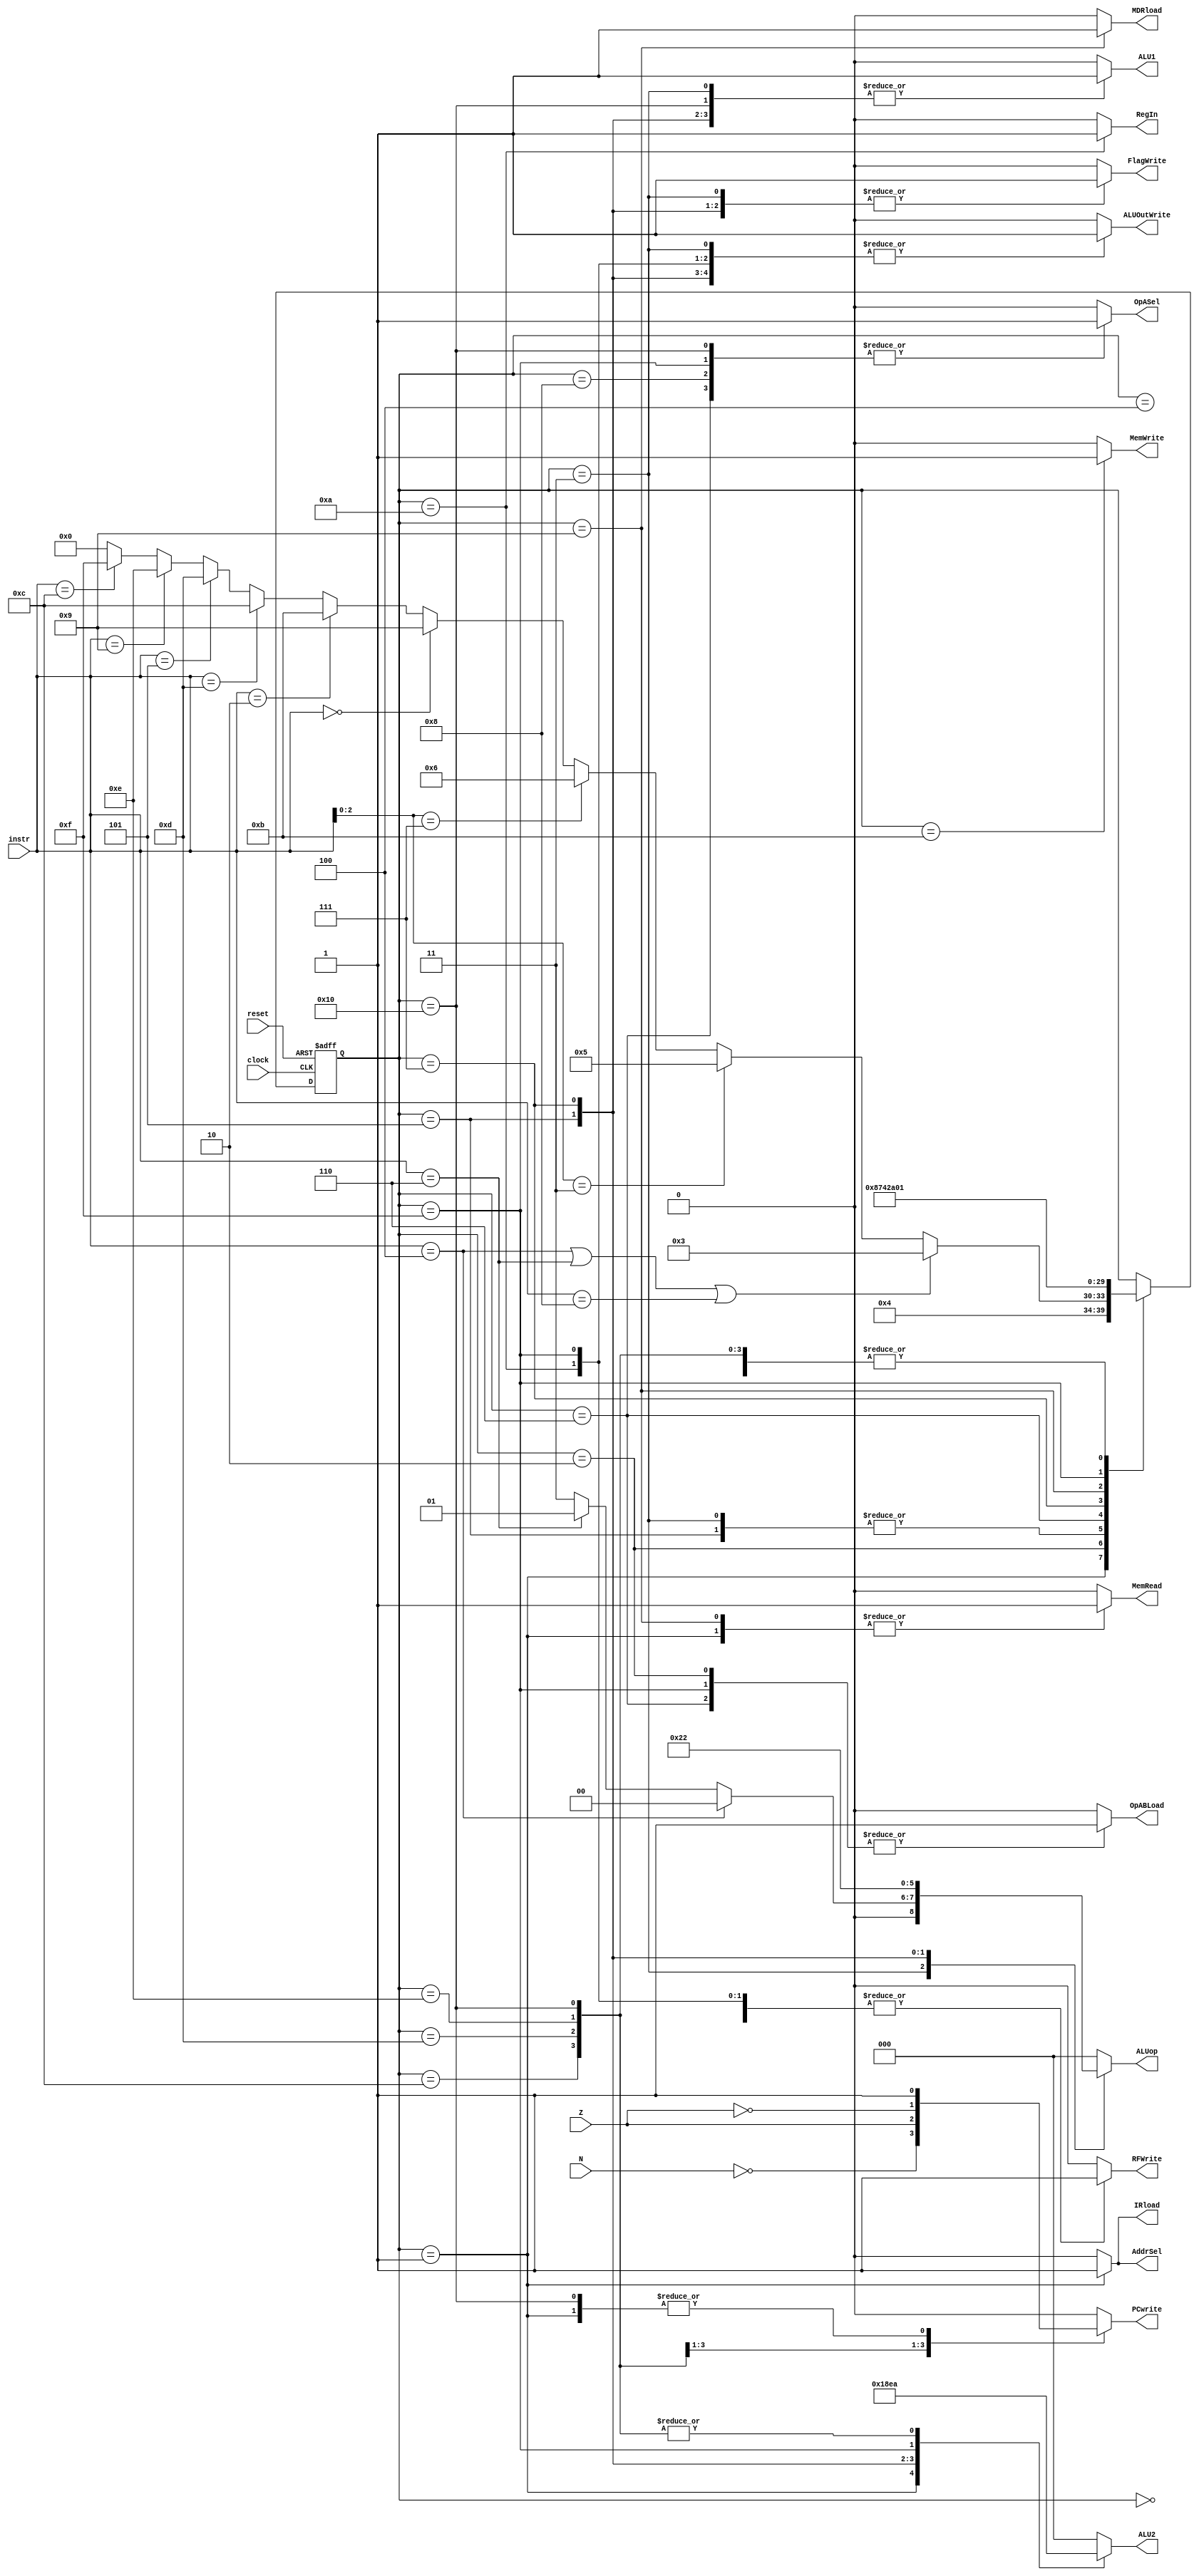
// ---------------------------------------------------------------------
// Copyright (c) 2007 by University of Toronto ECE 243 development team 
// ---------------------------------------------------------------------
// 					    	 	 	  		 	 		  		   	
// Major Functions:	control processor's datapath
// 
// Input(s):	1. instr: input is used to determine states
//				2. N: if branches, input is used to determine if
//					  negative condition is true
//				3. Z: if branches, input is used to determine if 
//					  zero condition is true
//
// Output(s):	control signals
//
//				** More detail can be found on the course note under
//				   "Multi-Cycle Implementation: The Control Unit"
//
// ---------------------------------------------------------------------

module FSM
(
reset, instr, clock,
N, Z,
PCwrite, AddrSel, MemRead,
MemWrite, IRload, OpASel, MDRload,
OpABLoad, ALU1, ALU2, ALUop,
ALUOutWrite, RFWrite, RegIn, FlagWrite//, state
);
	input	[3:0] instr;
	input	N, Z;
	input	reset, clock;
	output	PCwrite, AddrSel, MemRead, MemWrite, IRload, OpASel, MDRload;
	output	OpABLoad, ALU1, ALUOutWrite, RFWrite, RegIn, FlagWrite;
	output	[2:0] ALU2, ALUop;
	//output	[3:0] state;
	
	reg [4:0]	state;			// 5-bit state can encode 32 distinct values.
	reg	PCwrite, AddrSel, MemRead, MemWrite, IRload, OpASel, MDRload;
	reg	OpABLoad, ALU1, ALUOutWrite, RFWrite, RegIn, FlagWrite;
	reg	[2:0] ALU2, ALUop;
	
	
	// state constants (note: asn = add/sub/nand, asnsh = add/sub/nand/shift)
	parameter [4:0] reset_s = 0, c1 = 1, c2 = 2, c3_asn = 3,
					c4_asnsh = 4, c3_shift = 5, c3_ori = 6,
					c4_ori = 7, c5_ori = 8, c3_load = 9, c4_load = 10,
					c3_store = 11, c3_bpz = 12, c3_bz = 13, c3_bnz = 14,
					c3_jal = 15, c4_jal = 16;
	
	// determines the next state based on the current state; supports
	// asynchronous reset
	always @(posedge clock or posedge reset)
	begin
		if (reset) state = reset_s;
		else
		begin
			case(state)
				reset_s:	state = c1; 		// reset state
				c1:			state = c2; 		// cycle 1
				c2:			begin				// cycle 2
								if(instr == 4'b0100 | instr == 4'b0110 | instr == 4'b1000) state = c3_asn;
								else if( instr[2:0] == 3'b011 ) state = c3_shift;
								else if( instr[2:0] == 3'b111 ) state = c3_ori;
								else if( instr == 4'b0000 ) state = c3_load;
								else if( instr == 4'b0010 ) state = c3_store;
								else if( instr == 4'b1101 ) state = c3_bpz;
								else if( instr == 4'b0101 ) state = c3_bz;
								else if( instr == 4'b1001 ) state = c3_bnz;
								else if( instr == 4'b1100 ) state = c3_jal;
								else state = 0;
							end
				c3_asn:		state = c4_asnsh;	// cycle 3: ADD SUB NAND
				c4_asnsh:	state = c1;			// cycle 4: ADD SUB NAND/SHIFT
				c3_shift:	state = c4_asnsh;	// cycle 3: SHIFT
				c3_ori:		state = c4_ori;		// cycle 3: ORI
				c4_ori:		state = c5_ori;		// cycle 4: ORI
				c5_ori:		state = c1;			// cycle 5: ORI
				c3_load:	state = c4_load;	// cycle 3: LOAD
				c4_load:	state = c1; 		// cycle 4: LOAD
				c3_store:	state = c1; 		// cycle 3: STORE
				c3_bpz:		state = c1; 		// cycle 3: BPZ
				c3_bz:		state = c1; 		// cycle 3: BZ
				c3_bnz:		state = c1; 		// cycle 3: BNZ
				c3_jal:		state = c4_jal;		// cycle 3: JAL
				c4_jal:		state = c1;			// cycle 4: JAL
			endcase
		end
	end

	// sets the control sequences based on the current state and instruction
	always @(*)
	begin
		case (state)
			reset_s:	//control = 19'b0000000000000000000;
				begin
					PCwrite = 0;
					AddrSel = 0;
					MemRead = 0;
					MemWrite = 0;
					IRload = 0;
					OpASel = 0;
					MDRload = 0;
					OpABLoad = 0;
					ALU1 = 0;
					ALU2 = 3'b000;
					ALUop = 3'b000;
					ALUOutWrite = 0;
					RFWrite = 0;
					RegIn = 0;
					FlagWrite = 0;
				end					
			c1: 		//control = 19'b1110100000010000000;
				begin
					PCwrite = 1;
					AddrSel = 1;
					MemRead = 1;
					MemWrite = 0;
					IRload = 1;
					OpASel = 0;
					MDRload = 0;
					OpABLoad = 0;
					ALU1 = 0;
					ALU2 = 3'b001;
					ALUop = 3'b000;
					ALUOutWrite = 0;
					RFWrite = 0;
					RegIn = 0;
					FlagWrite = 0;
				end	
			c2: 		//control = 19'b0000000100000000000;
				begin
					PCwrite = 0;
					AddrSel = 0;
					MemRead = 0;
					MemWrite = 0;
					IRload = 0;
					OpASel = 0;
					MDRload = 0;
					OpABLoad = 1;
					ALU1 = 0;
					ALU2 = 3'b000;
					ALUop = 3'b000;
					ALUOutWrite = 0;
					RFWrite = 0;
					RegIn = 0;
					FlagWrite = 0;
				end
			c3_asn:		begin
							if ( instr == 4'b0100 ) 		// add
								//control = 19'b0000000010000001001;
							begin
								PCwrite = 0;
								AddrSel = 0;
								MemRead = 0;
								MemWrite = 0;
								IRload = 0;
								OpASel = 0;
								MDRload = 0;
								OpABLoad = 0;
								ALU1 = 1;
								ALU2 = 3'b000;
								ALUop = 3'b000;
								ALUOutWrite = 1;
								RFWrite = 0;
								RegIn = 0;
								FlagWrite = 1;
							end	
							else if ( instr == 4'b0110 ) 	// sub
								//control = 19'b0000000010000011001;
							begin
								PCwrite = 0;
								AddrSel = 0;
								MemRead = 0;
								MemWrite = 0;
								IRload = 0;
								OpASel = 0;
								MDRload = 0;
								OpABLoad = 0;
								ALU1 = 1;
								ALU2 = 3'b000;
								ALUop = 3'b001;
								ALUOutWrite = 1;
								RFWrite = 0;
								RegIn = 0;
								FlagWrite = 1;
							end
							else 							// nand
								//control = 19'b0000000010000111001;
							begin
								PCwrite = 0;
								AddrSel = 0;
								MemRead = 0;
								MemWrite = 0;
								IRload = 0;
								OpASel = 0;
								MDRload = 0;
								OpABLoad = 0;
								ALU1 = 1;
								ALU2 = 3'b000;
								ALUop = 3'b011;
								ALUOutWrite = 1;
								RFWrite = 0;
								RegIn = 0;
								FlagWrite = 1;
							end
				   		end
			c4_asnsh: 	//control = 19'b0000000000000000100;
				begin
					PCwrite = 0;
					AddrSel = 0;
					MemRead = 0;
					MemWrite = 0;
					IRload = 0;
					OpASel = 0;
					MDRload = 0;
					OpABLoad = 0;
					ALU1 = 0;
					ALU2 = 3'b000;
					ALUop = 3'b000;
					ALUOutWrite = 0;
					RFWrite = 1;
					RegIn = 0;
					FlagWrite = 0;
				end
			c3_shift: 	//control = 19'b0000000011001001001;
				begin
					PCwrite = 0;
					AddrSel = 0;
					MemRead = 0;
					MemWrite = 0;
					IRload = 0;
					OpASel = 0;
					MDRload = 0;
					OpABLoad = 0;
					ALU1 = 1;
					ALU2 = 3'b100;
					ALUop = 3'b100;
					ALUOutWrite = 1;
					RFWrite = 0;
					RegIn = 0;
					FlagWrite = 1;
				end
			c3_ori: 	//control = 19'b0000010100000000000;
				begin
					PCwrite = 0;
					AddrSel = 0;
					MemRead = 0;
					MemWrite = 0;
					IRload = 0;
					OpASel = 1;
					MDRload = 0;
					OpABLoad = 1;
					ALU1 = 0;
					ALU2 = 3'b000;
					ALUop = 3'b000;
					ALUOutWrite = 0;
					RFWrite = 0;
					RegIn = 0;
					FlagWrite = 0;
				end
			c4_ori: 	//control = 19'b0000000010110101001;
				begin
					PCwrite = 0;
					AddrSel = 0;
					MemRead = 0;
					MemWrite = 0;
					IRload = 0;
					OpASel = 0;
					MDRload = 0;
					OpABLoad = 0;
					ALU1 = 1;
					ALU2 = 3'b011;
					ALUop = 3'b010;
					ALUOutWrite = 1;
					RFWrite = 0;
					RegIn = 0;
					FlagWrite = 1;
				end
			c5_ori: 	//control = 19'b0000010000000000100;
				begin
					PCwrite = 0;
					AddrSel = 0;
					MemRead = 0;
					MemWrite = 0;
					IRload = 0;
					OpASel = 1;
					MDRload = 0;
					OpABLoad = 0;
					ALU1 = 0;
					ALU2 = 3'b000;
					ALUop = 3'b000;
					ALUOutWrite = 0;
					RFWrite = 1;
					RegIn = 0;
					FlagWrite = 0;
				end
			c3_load: 	//control = 19'b0010001000000000000;
				begin
					PCwrite = 0;
					AddrSel = 0;
					MemRead = 1;
					MemWrite = 0;
					IRload = 0;
					OpASel = 0;
					MDRload = 1;
					OpABLoad = 0;
					ALU1 = 0;
					ALU2 = 3'b000;
					ALUop = 3'b000;
					ALUOutWrite = 0;
					RFWrite = 0;
					RegIn = 0;
					FlagWrite = 0;
				end
			c4_load: 	//control = 19'b0000000000000001110;
				begin
					PCwrite = 0;
					AddrSel = 0;
					MemRead = 0;
					MemWrite = 0;
					IRload = 0;
					OpASel = 0;
					MDRload = 0;
					OpABLoad = 0;
					ALU1 = 0;
					ALU2 = 3'b000;
					ALUop = 3'b000;
					ALUOutWrite = 1;
					RFWrite = 1;
					RegIn = 1;
					FlagWrite = 0;
				end
			c3_store: 	//control = 19'b0001000000000000000;
				begin
					PCwrite = 0;
					AddrSel = 0;
					MemRead = 0;
					MemWrite = 1;
					IRload = 0;
					OpASel = 0;
					MDRload = 0;
					OpABLoad = 0;
					ALU1 = 0;
					ALU2 = 3'b000;
					ALUop = 3'b000;
					ALUOutWrite = 0;
					RFWrite = 0;
					RegIn = 0;
					FlagWrite = 0;
				end
			c3_bpz: 	//control = {~N,18'b000000000100000000};
				begin
					PCwrite = ~N;
					AddrSel = 0;
					MemRead = 0;
					MemWrite = 0;
					IRload = 0;
					OpASel = 0;
					MDRload = 0;
					OpABLoad = 0;
					ALU1 = 0;
					ALU2 = 3'b010;
					ALUop = 3'b000;
					ALUOutWrite = 0;
					RFWrite = 0;
					RegIn = 0;
					FlagWrite = 0;
				end
			c3_bz: 		//control = {Z,18'b000000000100000000};
				begin
					PCwrite = Z;
					AddrSel = 0;
					MemRead = 0;
					MemWrite = 0;
					IRload = 0;
					OpASel = 0;
					MDRload = 0;
					OpABLoad = 0;
					ALU1 = 0;
					ALU2 = 3'b010;
					ALUop = 3'b000;
					ALUOutWrite = 0;
					RFWrite = 0;
					RegIn = 0;
					FlagWrite = 0;
				end
			c3_bnz: 	//control = {~Z,18'b000000000100000000};
				begin
					PCwrite = ~Z;
					AddrSel = 0;
					MemRead = 0;
					MemWrite = 0;
					IRload = 0;
					OpASel = 0;
					MDRload = 0;
					OpABLoad = 0;
					ALU1 = 0;
					ALU2 = 3'b010;
					ALUop = 3'b000;
					ALUOutWrite = 0;
					RFWrite = 0;
					RegIn = 0;
					FlagWrite = 0;
				end
			c3_jal: 	//control = {19'b0000000101010001000};
				begin
					PCwrite = 0;
					AddrSel = 0;
					MemRead = 0;
					MemWrite = 0;
					IRload = 0;
					OpASel = 1; // choose R1
					MDRload = 0;
					OpABLoad = 1; // necessary for register to take new value
					ALU1 = 0; // chooses PC + 1 (computed in c1)
					ALU2 = 3'b101; // choose 0 (if choose 1, will compute PC + 2)
					ALUop = 3'b000;
					ALUOutWrite = 1; // necessary for ALUout to be written to
					RFWrite = 1; // write to register
					RegIn = 0; // I think 0 takes ALUout
					FlagWrite = 0;
				end
			c4_jal: 	//control = {19'b1000010010100000000};
				begin
					PCwrite = 1;
					AddrSel = 0;
					MemRead = 0;
					MemWrite = 0;
					IRload = 0;
					OpASel = 1; // choose R1
					MDRload = 0;
					OpABLoad = 0;
					ALU1 = 1; // choose R1
					ALU2 = 3'b010; // Imm4
					ALUop = 3'b000;
					ALUOutWrite = 0;
					RFWrite = 0;
					RegIn = 0;
					FlagWrite = 0;
				end
			default:	//control = 19'b0000000000000000000;
				begin
					PCwrite = 0;
					AddrSel = 0;
					MemRead = 0;
					MemWrite = 0;
					IRload = 0;
					OpASel = 0;
					MDRload = 0;
					OpABLoad = 0;
					ALU1 = 0;
					ALU2 = 3'b000;
					ALUop = 3'b000;
					ALUOutWrite = 0;
					RFWrite = 0;
					RegIn = 0;
					FlagWrite = 0;
				end
		endcase
	end
	
endmodule